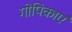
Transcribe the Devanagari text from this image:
गोपिकाएं